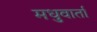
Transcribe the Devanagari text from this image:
मधुवार्ता